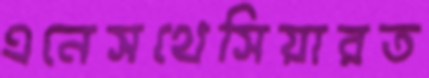
এনেসথেসিয়ারত